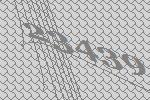
23439